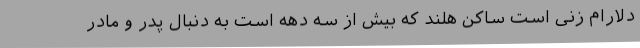
دلارام زنی است ساکن هلند که بیش از سه دهه است به دنبال پدر و مادر